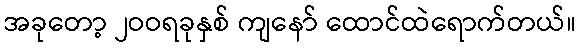
အခုတော့ ၂ဝဝရခုနှစ် ကျနော် ထောင်ထဲရောက်တယ်။